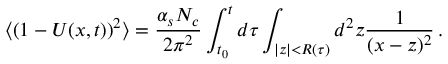
\langle ( 1 - U ( x , t ) ) ^ { 2 } \rangle = { \frac { \alpha _ { s } N _ { c } } { 2 \pi ^ { 2 } } } \int _ { t _ { 0 } } ^ { t } d \tau \int _ { | z | < R ( \tau ) } d ^ { 2 } z { \frac { 1 } { ( x - z ) ^ { 2 } } } \, .